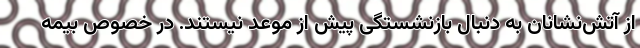
از آتش‌نشانان به دنبال بازنشستگی پیش از موعد نیستند. در خصوص بیمه